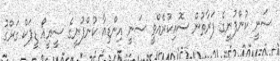
ސަނީ ކުންފުނީގެ ފަރާތުން ސޮއިކުރެއްވީ ސަނީ އިންޑިއާ ކުންފުނީގެ ސީއީއޯ ޑީޕަކް ގަރްގު